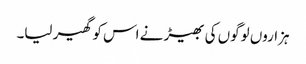
ہزاروں لوگوں کی بھیڑ نے اس کو گھیر لیا۔